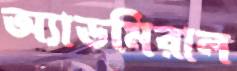
অ্যাডমিরাল